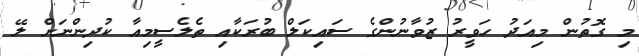
މި ގޮތުން މިއަދު ހަވީރު ޒުވާނުންގެ ސައިކަލް ބުރަކާއި ތެލެސީމިއާ ކުދިންނަށް ލޭ